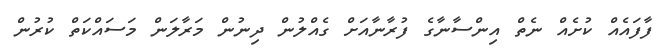
ފާފައެއް ކުށެއް ނެތް އިންސާނާގެ ފުރާނާއަށް ގެއްލުން ދިނުން މަރާލަން މަސައްކަތް ކުރުން